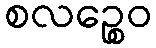
စလဉ္စေဝ